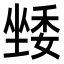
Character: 𭏯